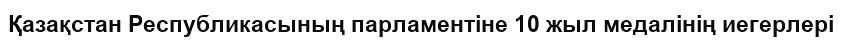
Қазақстан Республикасының парламентіне 10 жыл медалінің иегерлері